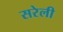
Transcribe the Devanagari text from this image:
सरेली